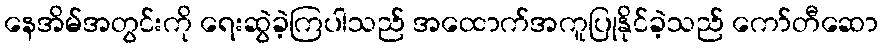
နေအိမ်အတွင်းကို ရေးဆွဲခဲ့ကြပါသည် အထောက်အကူပြုနိုင်ခဲ့သည် ကော်တီဆော